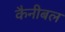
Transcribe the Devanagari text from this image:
कैनीबल